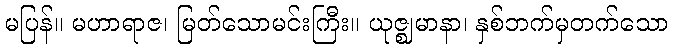
မပြန်။ မဟာရာဇ၊ မြတ်သောမင်းကြီး။ ယုဇ္ဈမာနာ၊ နှစ်ဘက်မှတက်သော